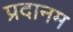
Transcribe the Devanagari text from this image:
प्रदानम